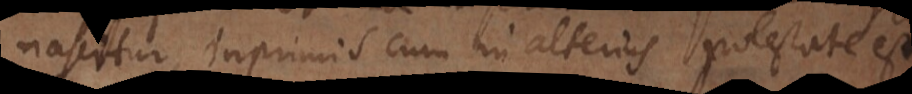
nascitur, inprimis cum in alterius potestate est